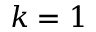
k = 1